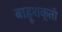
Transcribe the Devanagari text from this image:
बाहूशक्ती